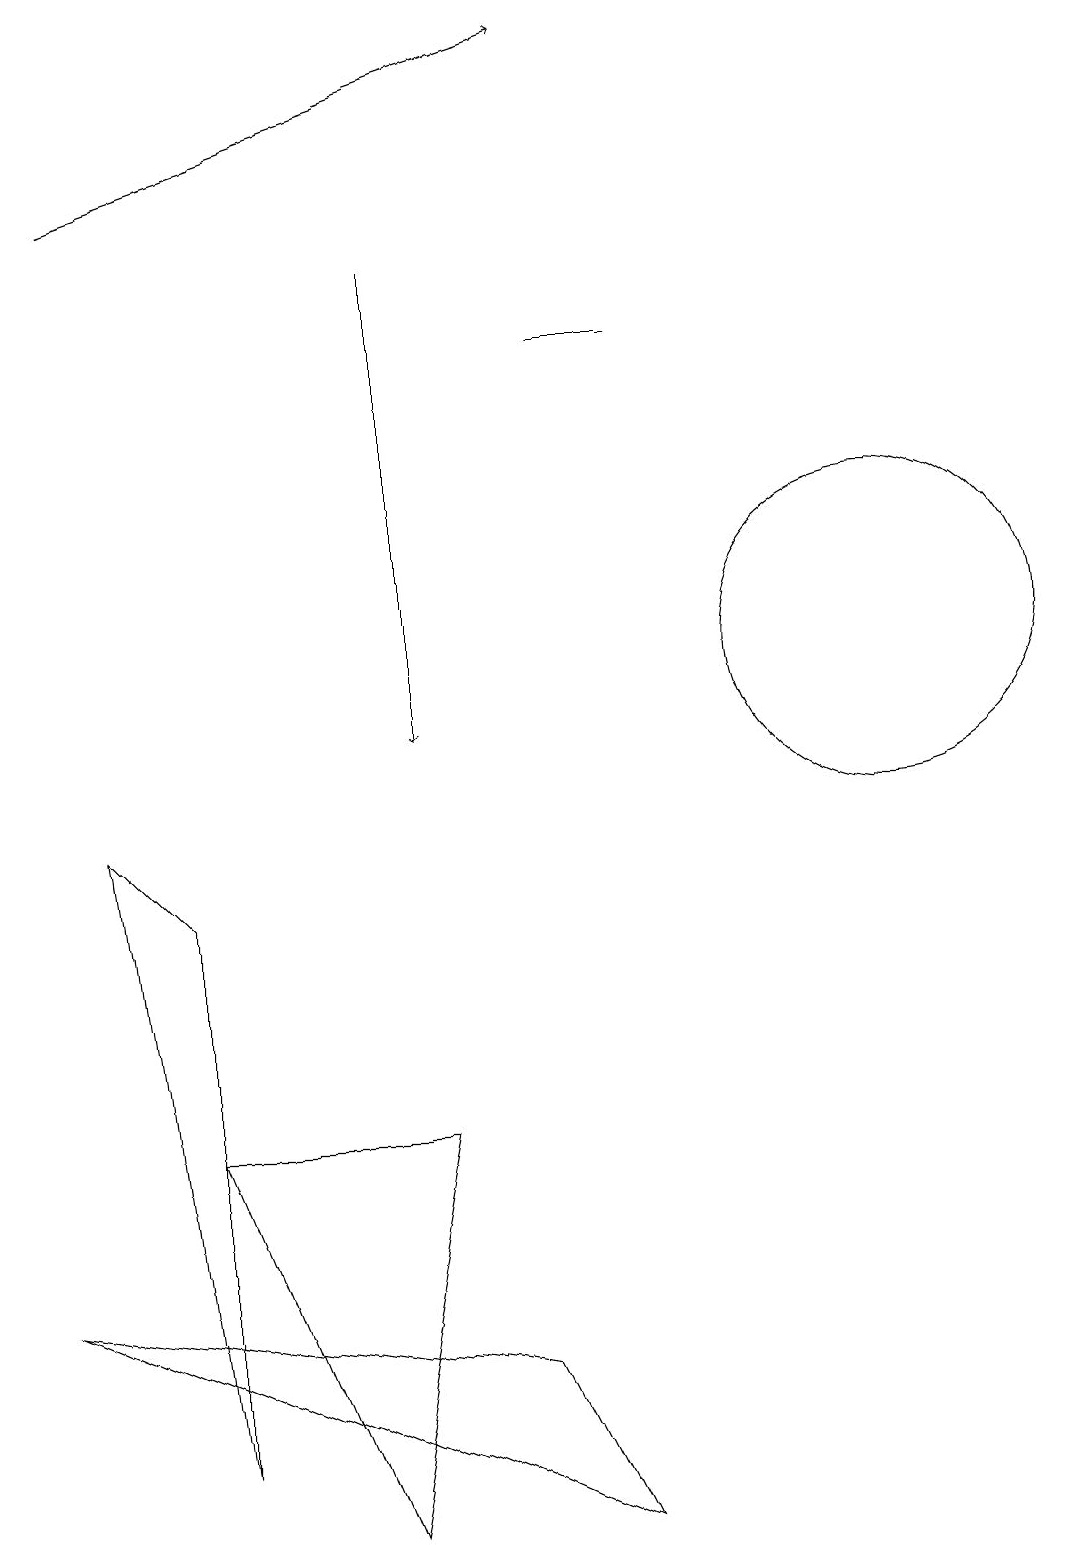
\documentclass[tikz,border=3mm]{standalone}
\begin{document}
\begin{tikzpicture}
\draw (0,3) -- (7,0) -- (6,2) -- cycle;
\draw[->] (1,17) -- (7,19);
\draw (8,15) rectangle (7,15);
\draw[->] (5,16) -- (5,10);
\draw (4,0) -- (5,5) -- (2,5) -- cycle;
\draw (11,11) circle (2);
\draw (1,9) -- (2,8) -- (2,1) -- cycle;
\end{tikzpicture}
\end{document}